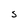
Character: S